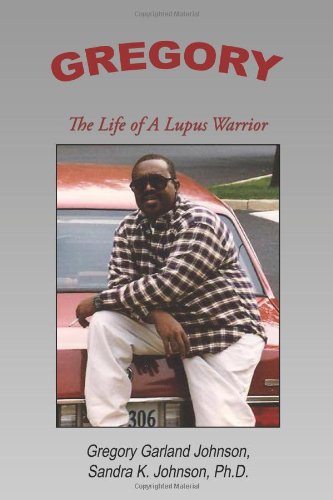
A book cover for Gregory: The Life of a Lupus Warrior; Sandra Johnson; Health, Fitness & Dieting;